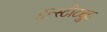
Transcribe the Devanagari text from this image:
इन्स्टीट्युट